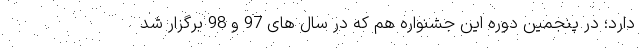
دارد؛ در پنجمین دوره این جشنواره هم که در سال های 97 و 98 برگزار شد